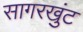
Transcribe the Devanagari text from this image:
सागरखुंट